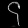
Digit: ၄